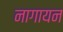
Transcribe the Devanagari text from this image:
नागायन